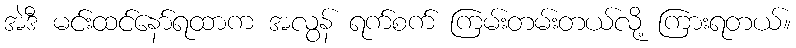
အဲဒီ မင်းထင်နော်ရထာက အလွန် ရက်စက် ကြမ်းတမ်းတယ်လို့ ကြားရတယ်။